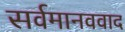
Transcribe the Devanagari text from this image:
सर्वमानववाद